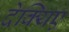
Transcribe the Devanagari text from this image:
देक्यिए